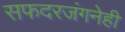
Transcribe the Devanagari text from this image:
सफदरजंगनेही